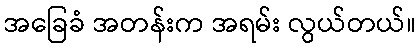
အခြေခံ အတန်းက အရမ်း လွယ်တယ်။